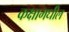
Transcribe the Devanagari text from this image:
कक्षामधील